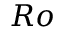
R o